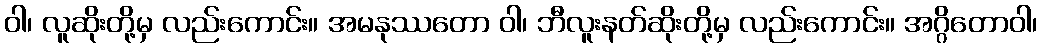
ဝါ၊ လူဆိုးတို့မှ လည်းကောင်း။ အမနုဿတော ဝါ၊ ဘီလူးနတ်ဆိုးတို့မှ လည်းကောင်း။ အဂ္ဂိတောဝါ၊